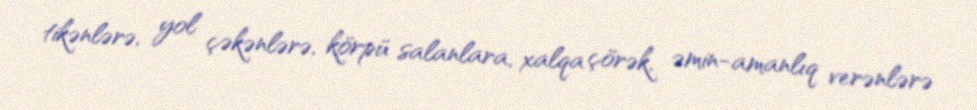
tikənlərə, yol çəkənlərə, körpü salanlara, xalqa çörək, əmin-amanlıq verənlərə